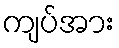
ကျပ်အား